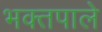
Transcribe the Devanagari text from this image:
भक्तपाले